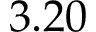
3 . 2 0